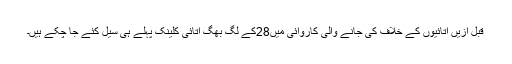
قبل ازیں اتائیوں کے خلاف کی جانے والی کاروائی میں28کے لگ بھگ اتائی کلینک پہلے ہی سیل کئے جا چکے ہیں۔